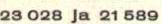
23 028 ja 21 589